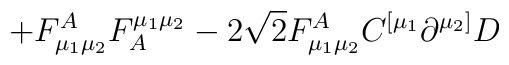
\left.  +  {F}_{\mu_1\mu_2}^A {F}_A^{\mu_1\mu_{2}} -  2\sqrt{2}{F}_{\mu_1\mu_2}^A   {C}^{[\mu_1}\partial^{\mu_{2}]}  {D}  \right.